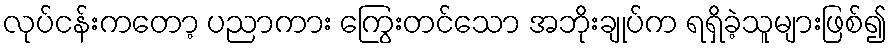
လုပ်ငန်းကတော့ ပညာကား ကြွေးတင်သော အဘိုးချုပ်က ရရှိခဲ့သူများဖြစ်၍